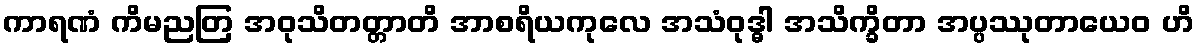
ကာရဏံ ကိမညတြ အဝုသိတတ္တာတိ အာစရိယကုလေ အသံဝုဒ္ဓါ အသိက္ခိတာ အပ္ပဿုတာယေဝ ဟိ